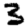
Digit: 3